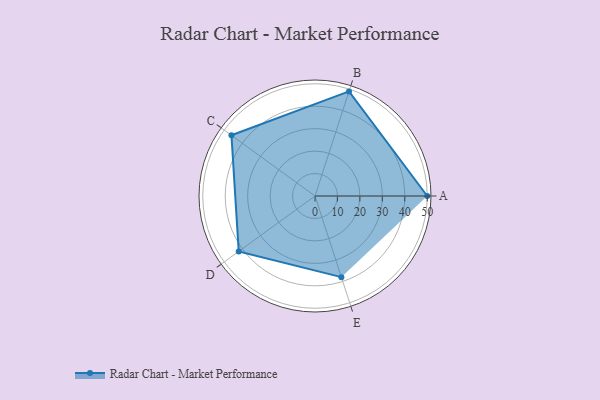
{"axis": {"x": "Skill", "y": "Score"}, "legend": ["Profile"], "data": [{"x": "A", "y": 50.0, "type": "Profile"}, {"x": "B", "y": 49.0, "type": "Profile"}, {"x": "C", "y": 46.0, "type": "Profile"}, {"x": "D", "y": 42.0, "type": "Profile"}, {"x": "E", "y": 38.0, "type": "Profile"}]}